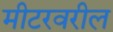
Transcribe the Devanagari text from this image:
मीटरवरील